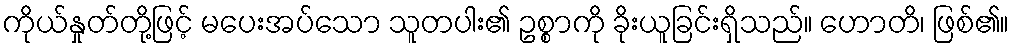
ကိုယ်နှုတ်တို့ဖြင့် မပေးအပ်သော သူတပါး၏ ဥစ္စာကို ခိုးယူခြင်းရှိသည်။ ဟောတိ၊ ဖြစ်၏။